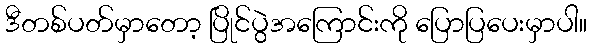
ဒီတစ်ပတ်မှာတော့ ပြိုင်ပွဲအကြောင်းကို ပြောပြပေးမှာပါ။